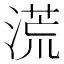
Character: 𣺬